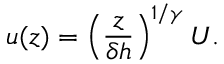
u ( z ) = \left( \frac { z } { \delta h } \right) ^ { 1 / \gamma } U .